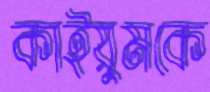
কাইয়ুমকে